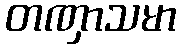
တဏှာသမာ